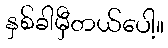
နှစ်ခါမှီတယ်ပေါ့။